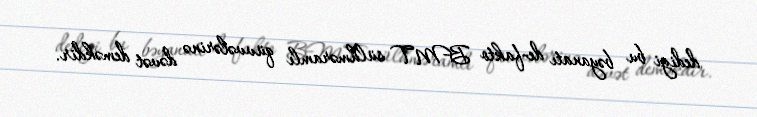
dediyi bu bəyanatı de-fakto BMT sülhməramlı qüvvələrinə dəvət deməkdir.